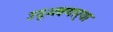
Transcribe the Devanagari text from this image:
उद्‌भवणार्‍या